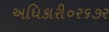
અધિકારી૦ર૬૭ર